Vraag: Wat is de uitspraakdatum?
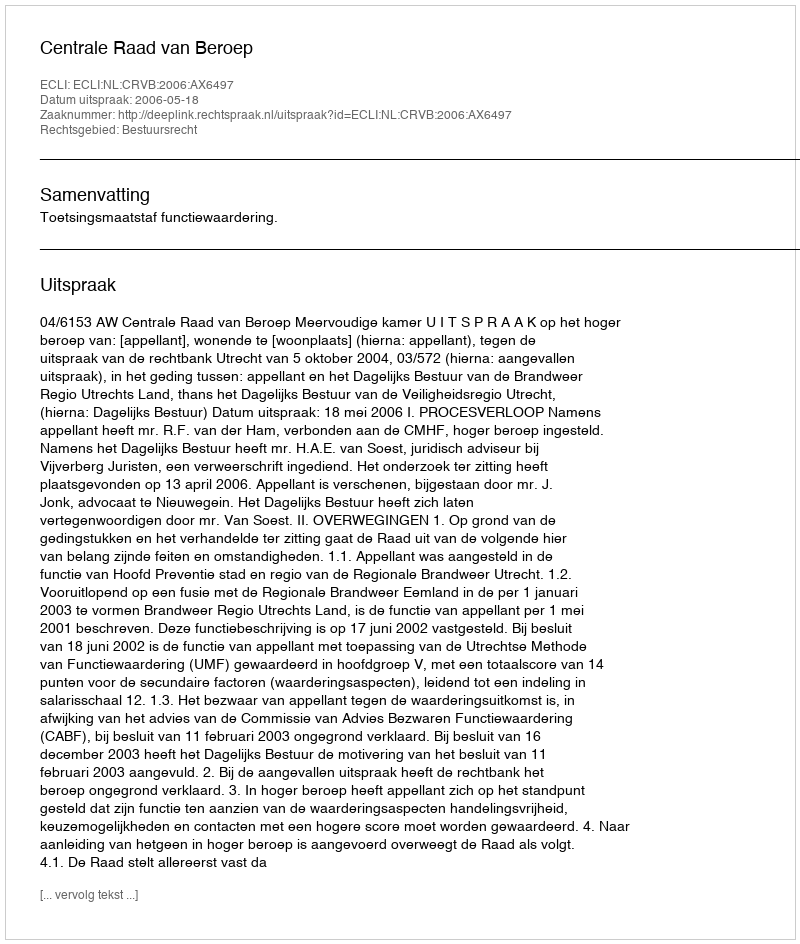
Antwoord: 2006-05-18